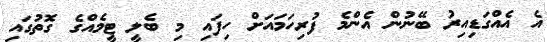
އެ އެއްގަޑިއިރު ބޭނުން އެންމެ ފުރިހަމައަށް ހިފައި މި ބެލީ ޓީމެއްގެ ގޮތުގައި